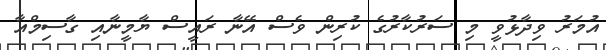
އުމަރު ވިދާޅުވީ މި ސަރުކާރުގެ ކުރިން ވެސް އޭނާ ރައީސް ޔާމީނާއި ގާސިމްއާ